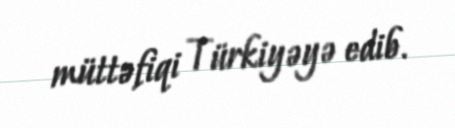
müttəfiqi Türkiyəyə edib.